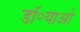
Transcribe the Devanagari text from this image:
डॉ॰याओ